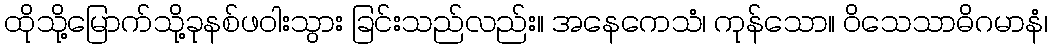
ထိုသို့မြောက်သို့ခုနစ်ဖဝါးသွား ခြင်းသည်လည်း။ အနေကေသံ၊ ကုန်သော။ ဝိသေသာဓိဂမာနံ၊